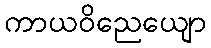
ကာယဝိညေယျော